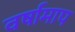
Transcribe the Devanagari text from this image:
वर्षामाप